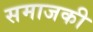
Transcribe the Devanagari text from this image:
समाजकी